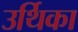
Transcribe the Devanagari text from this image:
उर्थिका